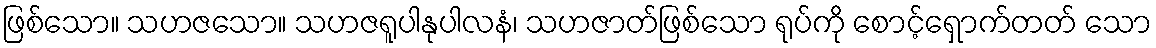
ဖြစ်သော။ သဟဇသော။ သဟဇရူပါနုပါလနံ၊ သဟဇာတ်ဖြစ်သော ရုပ်ကို စောင့်ရှောက်တတ် သော